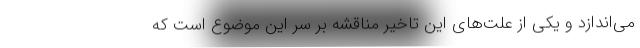
می‌اندازد و یکی از علت‌های این تاخیر مناقشه بر سر این موضوع است که